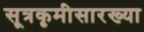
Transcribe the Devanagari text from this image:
सूत्रकृमीसारख्या